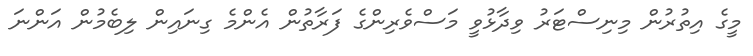
މީގެ އިތުރުން މިނިސްޓަރު ވިދާޅުވީ މަސްވެރިންގެ ފަރާތުން އެންމެ ގިނައިން ލިބެމުން އަންނަ